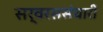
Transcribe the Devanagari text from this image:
सर्वरससंचारी